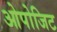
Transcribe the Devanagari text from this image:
ओपोजिट